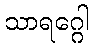
သာရဂ္ဂေါ